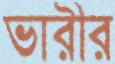
ভারীর